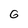
Character: G